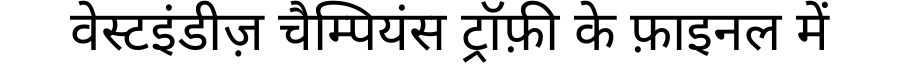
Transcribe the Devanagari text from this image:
वेस्टइंडीज़ चैम्पियंस ट्रॉफ़ी के फ़ाइनल में